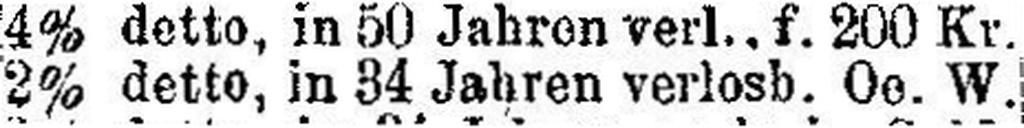
2% detto, in 34 Jahren verlosb. Oe. W.